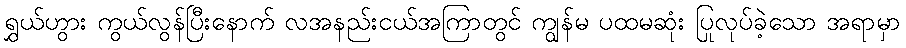
ရွှယ်ဟွား ကွယ်လွန်ပြီးနောက် လအနည်းငယ်အကြာတွင် ကျွန်မ ပထမဆုံး ပြုလုပ်ခဲ့သော အရာမှာ